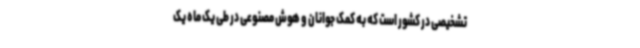
تشخیصی در کشور است که به کمک جوانان و هوش مصنوعی در طی یک ماه یک